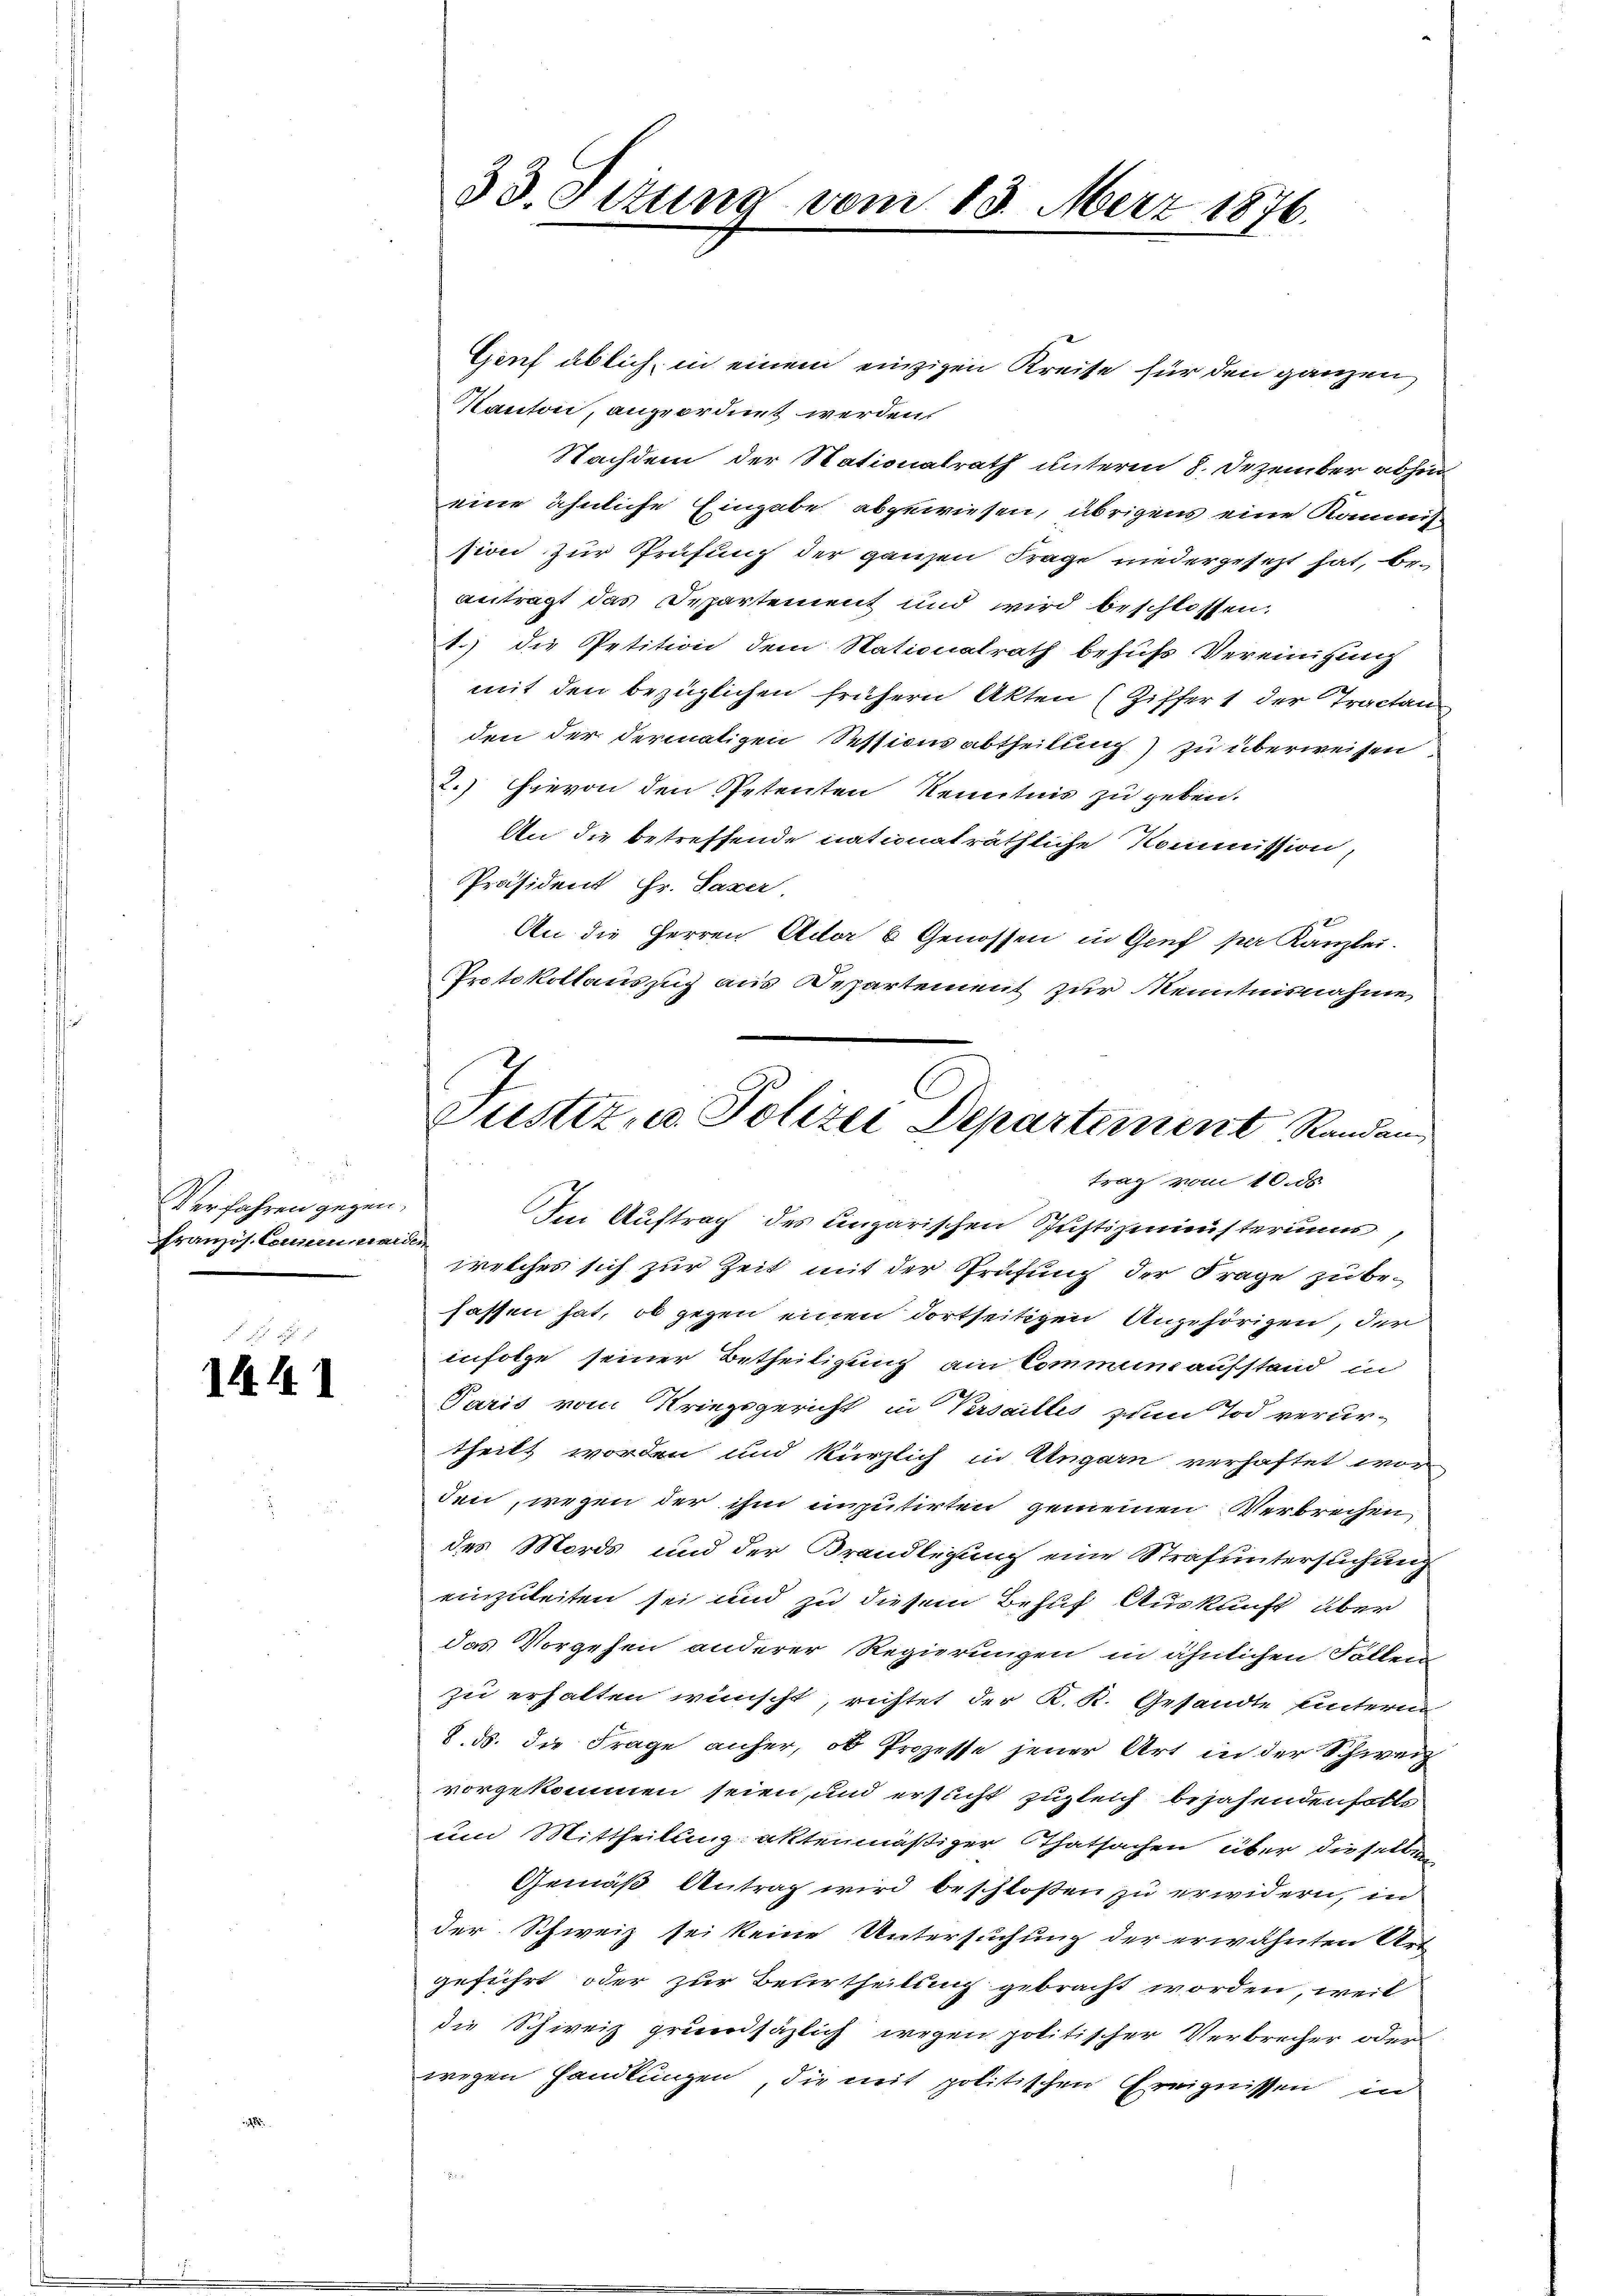
Verfahren gegen,
französ. Comuniarden

1441

33. Sitzung vom 13. März 1876.

Gruf üblich, in einem einzigen Kreite für den ganzen
Kanton, angeordnet werden.
Nachdem der Stationalrath unterm 8. Dezember abhin
eine ähnliche Eingabe abgewiesen, übrigens eine Kommt
sion zur Prüfung der ganzen Frage niedergesezt hat, beantragt das Departement und wird beschlossen:
1.) die Petition dem Nationalrath behufs Vereinigung
mit den bezüglichen frühern Akten (Ziffer 1 der Tractan
den der dermatigen Sessionsabtheilung) zu überweisen.
2.) Hievon den Petenten Kenntnis zu geben.
An die betreffende nationaträthliche Kommission,
Präsident Hr. Saxer
An die Herren Ader 6 Genossen in Genf per Kanzlei.
Protokollauszug aus Departement zur Kenntnisnahme,
J
ustiz- u. Polizei Departement Randan

trag vom 10. ds.

Im Auftrag des ungarischen Justizministeriums,
welches sich zur Zeit mit der Prüfung der Frage zu befassen hat, ob gegen einen dortseitigen Angehörigen, der
infolge seiner Betheiligung am Kommunaufstand in
Paris vom Kriegsgericht in Proailles zum Tod verur-
theilt worden und kürzlich in Ungarn verhaftet wor
den, wegen der ihm imputirten gemeinen Verbrechen
des Mords und der Brandlegung eine Strafuntersuchung
einzuleiten sei und zu diesem Behuf Auskunft über
das Vorgehen anderer Regierungen in ähnlichen Sollen
zu erhalten wünscht richtet der K. K. Gesandte hintern
8. ds. die Frage anher, ob Prozesse jener Art in der Schweiz
vorgekommen seien, und ersucht zugleich bejahenden solls
um Mittheilung: aktenmäßiger Thatsachen über dieselben
Gemäß Antrag wird beschloßen zu erwidern, in
der Schweiz sei keine Untersuchung der erwähnten Art
geführt oder zur Betertheilung gebracht worden, weil
die Schweiz grundsäzlich wegen politischer Verbrecher oder
wegen Handlungen, die mit politischen Ereignissen in